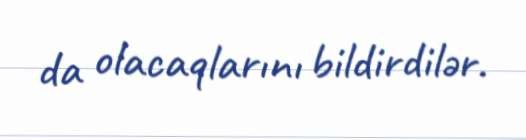
da olacaqlarını bildirdilər.